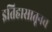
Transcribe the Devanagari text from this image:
इतिहासातूनच